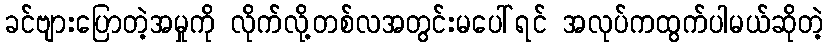
ခင်ဗျားပြောတဲ့အမှုကို လိုက်လို့တစ်လအတွင်းမပေါ်ရင် အလုပ်ကထွက်ပါမယ်ဆိုတဲ့